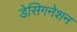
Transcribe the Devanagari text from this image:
डेसिगनेशन